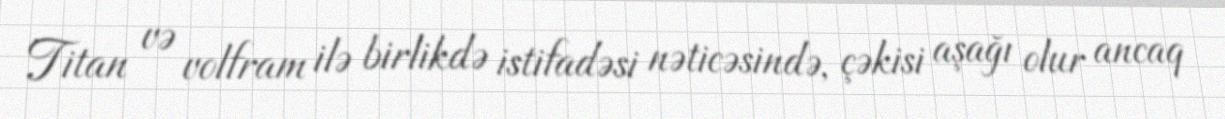
Titan və volfram ilə birlikdə istifadəsi nəticəsində, çəkisi aşağı olur ancaq